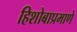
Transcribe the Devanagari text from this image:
हिशोबाप्रमाणे